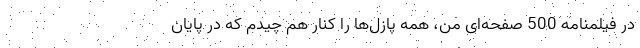
در فیلمنامه 500 صفحه‌ای من، همه پازل‌ها را کنار هم چیدم که در پایان